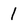
Character: 1